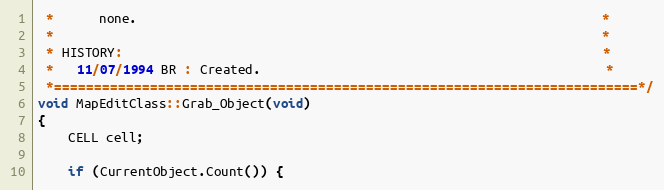
Language: C++
 *      none.                                                              *
 *                                                                         *
 * HISTORY:                                                                *
 *   11/07/1994 BR : Created.                                              *
 *=========================================================================*/
void MapEditClass::Grab_Object(void)
{
	CELL cell;

	if (CurrentObject.Count()) {